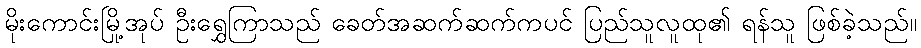
မိုးကောင်းမြို့အုပ် ဦးရွှေကြာသည် ခေတ်အဆက်ဆက်ကပင် ပြည်သူလူထု၏ ရန်သူ ဖြစ်ခဲ့သည်။